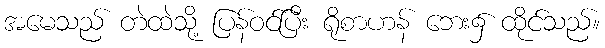
အမေသည် တဲထဲသို့ ပြန်ဝင်ပြီး ရိုစာဟန် ဘေး၌ ထိုင်သည်။